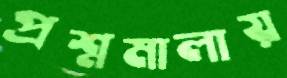
প্রশ্নমালায়